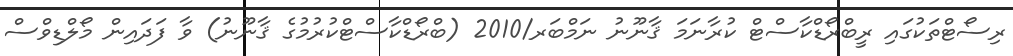
ރިސޯޓްތަކުގައި ރީބްރޯޑްކާސްޓް ކުރާނަމަ ޤާނޫނު ނަމްބަރ/2010 (ބްރޯޑްކާސްޓްކުރުމުގެ ޤާނޫނު) ވާ ފަދައިން މޯލްޑިވްސް